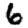
Digit: 6